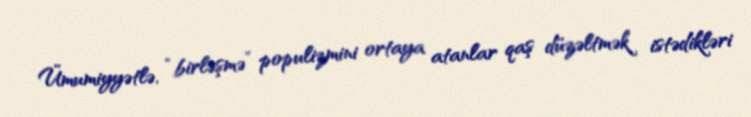
Ümumiyyətlə, “birləşmə” populizmini ortaya atanlar qaş düzəltmək istədikləri